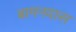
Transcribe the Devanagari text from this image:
बामनदास